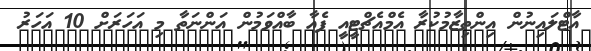
އާޓްލައިނުން އިންތިޒާމުކުރާ އެމްއެޗްޓީއީ ފެއާ ބާއްވަމުން އަންނަތާ މި އަހަރަށް 10 އަހަރު